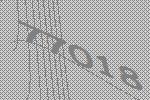
77018